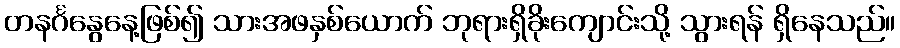
တနင်္ဂနွေနေ့ဖြစ်၍ သားအဖနှစ်ယောက် ဘုရားရှိခိုးကျောင်းသို့ သွားရန် ရှိနေသည်။